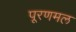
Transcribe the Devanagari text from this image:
पूरणमल